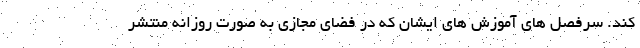
کند. سرفصل های آموزش های ایشان که در فضای مجازی به صورت روزانه منتشر